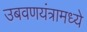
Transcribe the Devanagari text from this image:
उबवणयंत्रामध्ये